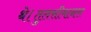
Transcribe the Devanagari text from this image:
थे।तुलसीमानस